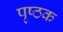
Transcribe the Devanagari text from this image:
पृष्ठक